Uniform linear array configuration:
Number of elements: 32
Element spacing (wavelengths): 1
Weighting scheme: hamming
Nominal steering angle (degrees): -45
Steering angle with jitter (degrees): -46.057
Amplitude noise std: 0.05
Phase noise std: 0.05

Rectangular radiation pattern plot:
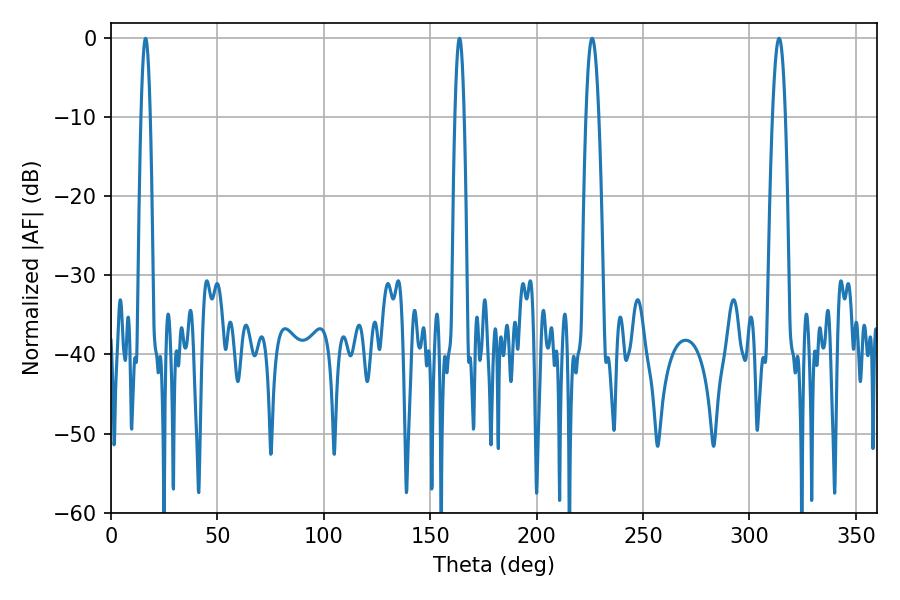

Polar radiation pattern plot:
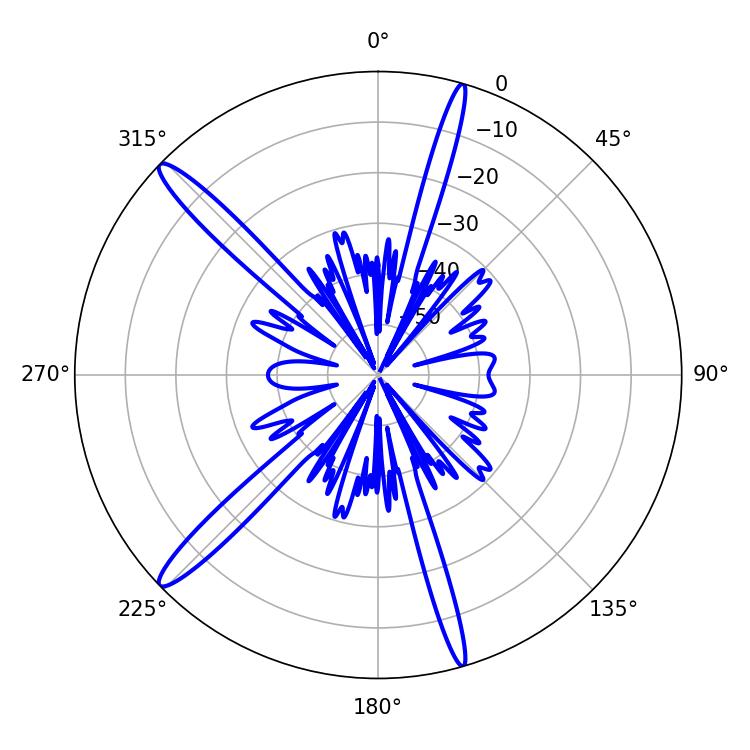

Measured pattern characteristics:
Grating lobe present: TRUE
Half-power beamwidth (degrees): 3.24
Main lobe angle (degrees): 226.08